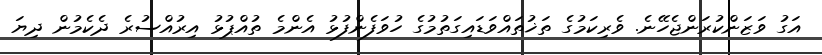
އަގު ވަޒަންކުރަންޖެހޭނެ. ވެރިކަމުގެ ތަޚުތައްވަޑައިގަތުމުގެ ހުވަފެންފުޅު އެންމެ ތުއްޕުޅު އިރުއްސުރެ ދެކެމުން ދިޔަ